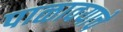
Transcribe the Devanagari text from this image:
पाळावयाचे